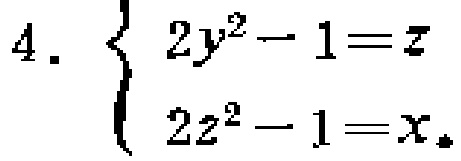
4. $\begin{cases}2y^{2}-1 = z\\2z^{2}-1 = x\end{cases}$